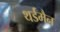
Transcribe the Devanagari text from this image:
थर्डमैन